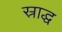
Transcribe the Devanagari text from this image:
स्राद्ध